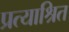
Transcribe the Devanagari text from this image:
प्रत्याश्रित